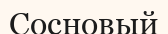
Сосновый